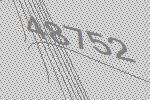
48752